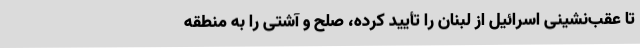
تا عقب‌نشینی اسرائیل از لبنان را تأیید کرده، صلح و آشتی را به منطقه